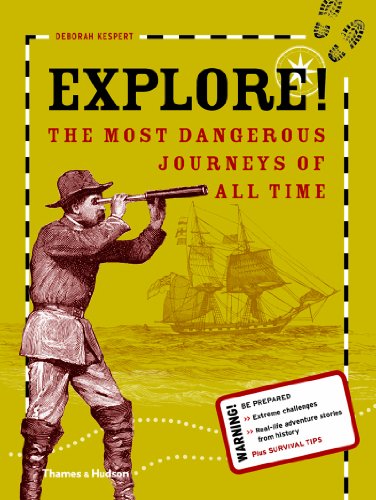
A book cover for Explore!: The most dangerous journeys of all time; Deborah Kespert; Children's Books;